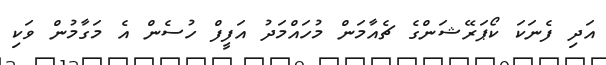
އަދި ފެނަކަ ކޯޕަރޭޝަންގެ ޗެއާމަން މުހައްމަދު އަފީފް ހުސެން އެ މަގާމުން ވަކި